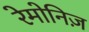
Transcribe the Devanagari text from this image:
रेमोनिज़